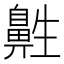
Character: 𱌔